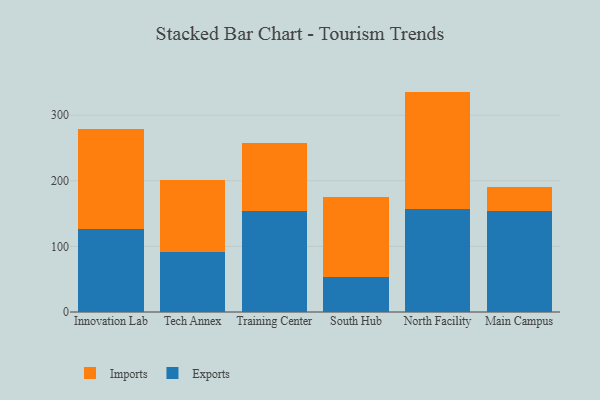
{"axis": {"x": "Campus", "y": "Backlog"}, "legend": ["Exports", "Imports"], "data": [{"x": "Innovation Lab", "y": 126.0, "type": "Exports"}, {"x": "Innovation Lab", "y": 153.6, "type": "Imports"}, {"x": "Tech Annex", "y": 91.8, "type": "Exports"}, {"x": "Tech Annex", "y": 109.7, "type": "Imports"}, {"x": "Training Center", "y": 153.9, "type": "Exports"}, {"x": "Training Center", "y": 103.8, "type": "Imports"}, {"x": "South Hub", "y": 52.9, "type": "Exports"}, {"x": "South Hub", "y": 122.9, "type": "Imports"}, {"x": "North Facility", "y": 157.1, "type": "Exports"}, {"x": "North Facility", "y": 178.9, "type": "Imports"}, {"x": "Main Campus", "y": 153.3, "type": "Exports"}, {"x": "Main Campus", "y": 37.0, "type": "Imports"}]}